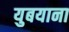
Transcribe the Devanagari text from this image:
युबयाना